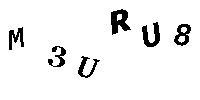
M3URU8